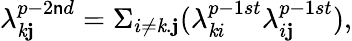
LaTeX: \lambda_{\mathit{k}\mathbf{j}}^{p-2\mathsf{n}d}=\Sigma_{i\neq\mathit{k}.\mathbf{j}}(\lambda_{\mathit{k}i}^{p-1st}\lambda_{i\mathbf{j}}^{p-1st}),